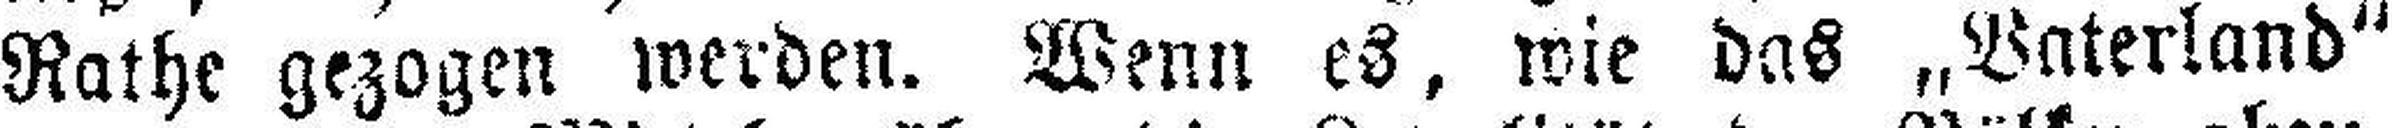
Rathe gezogen werden. Wenn es, wie das „Vaterland“